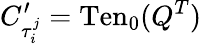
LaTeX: C_{\tau_{i}^{j}}^{\prime}=\mathrm{Ten}_{0}(Q^{T})